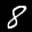
Label: 8